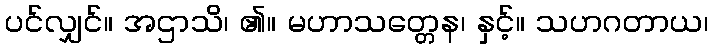
ပင်လျှင်။ အဌာသိ၊ ၏။ မဟာသတ္တေန၊ နှင့်။ သဟဂတာယ၊